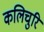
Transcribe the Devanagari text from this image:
कलिचुरि